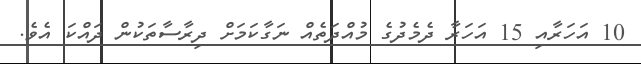
10 އަހަރާއި 15 އަހަރާ ދެމެދުގެ މުއްދަތެއް ނަގާކަމަށް ދިރާސާތަކުން ދައްކަ އެވެ.